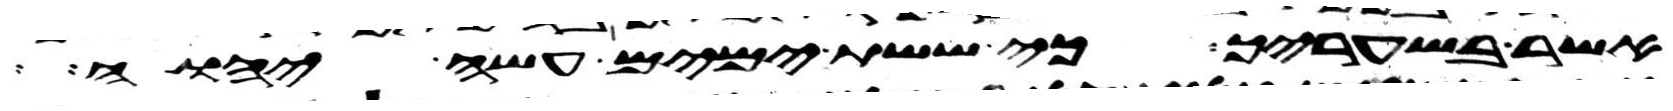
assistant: אשר בשעריך כי ששת ימים עשה יהוה